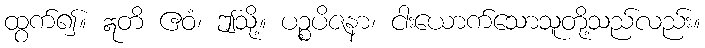
ထွက်၍။ ဣတိ ဧဝံ၊ ဤသို့။ ပဉ္စပိဇနာ၊ ငါးယောက်သောသူတို့သည်လည်း။